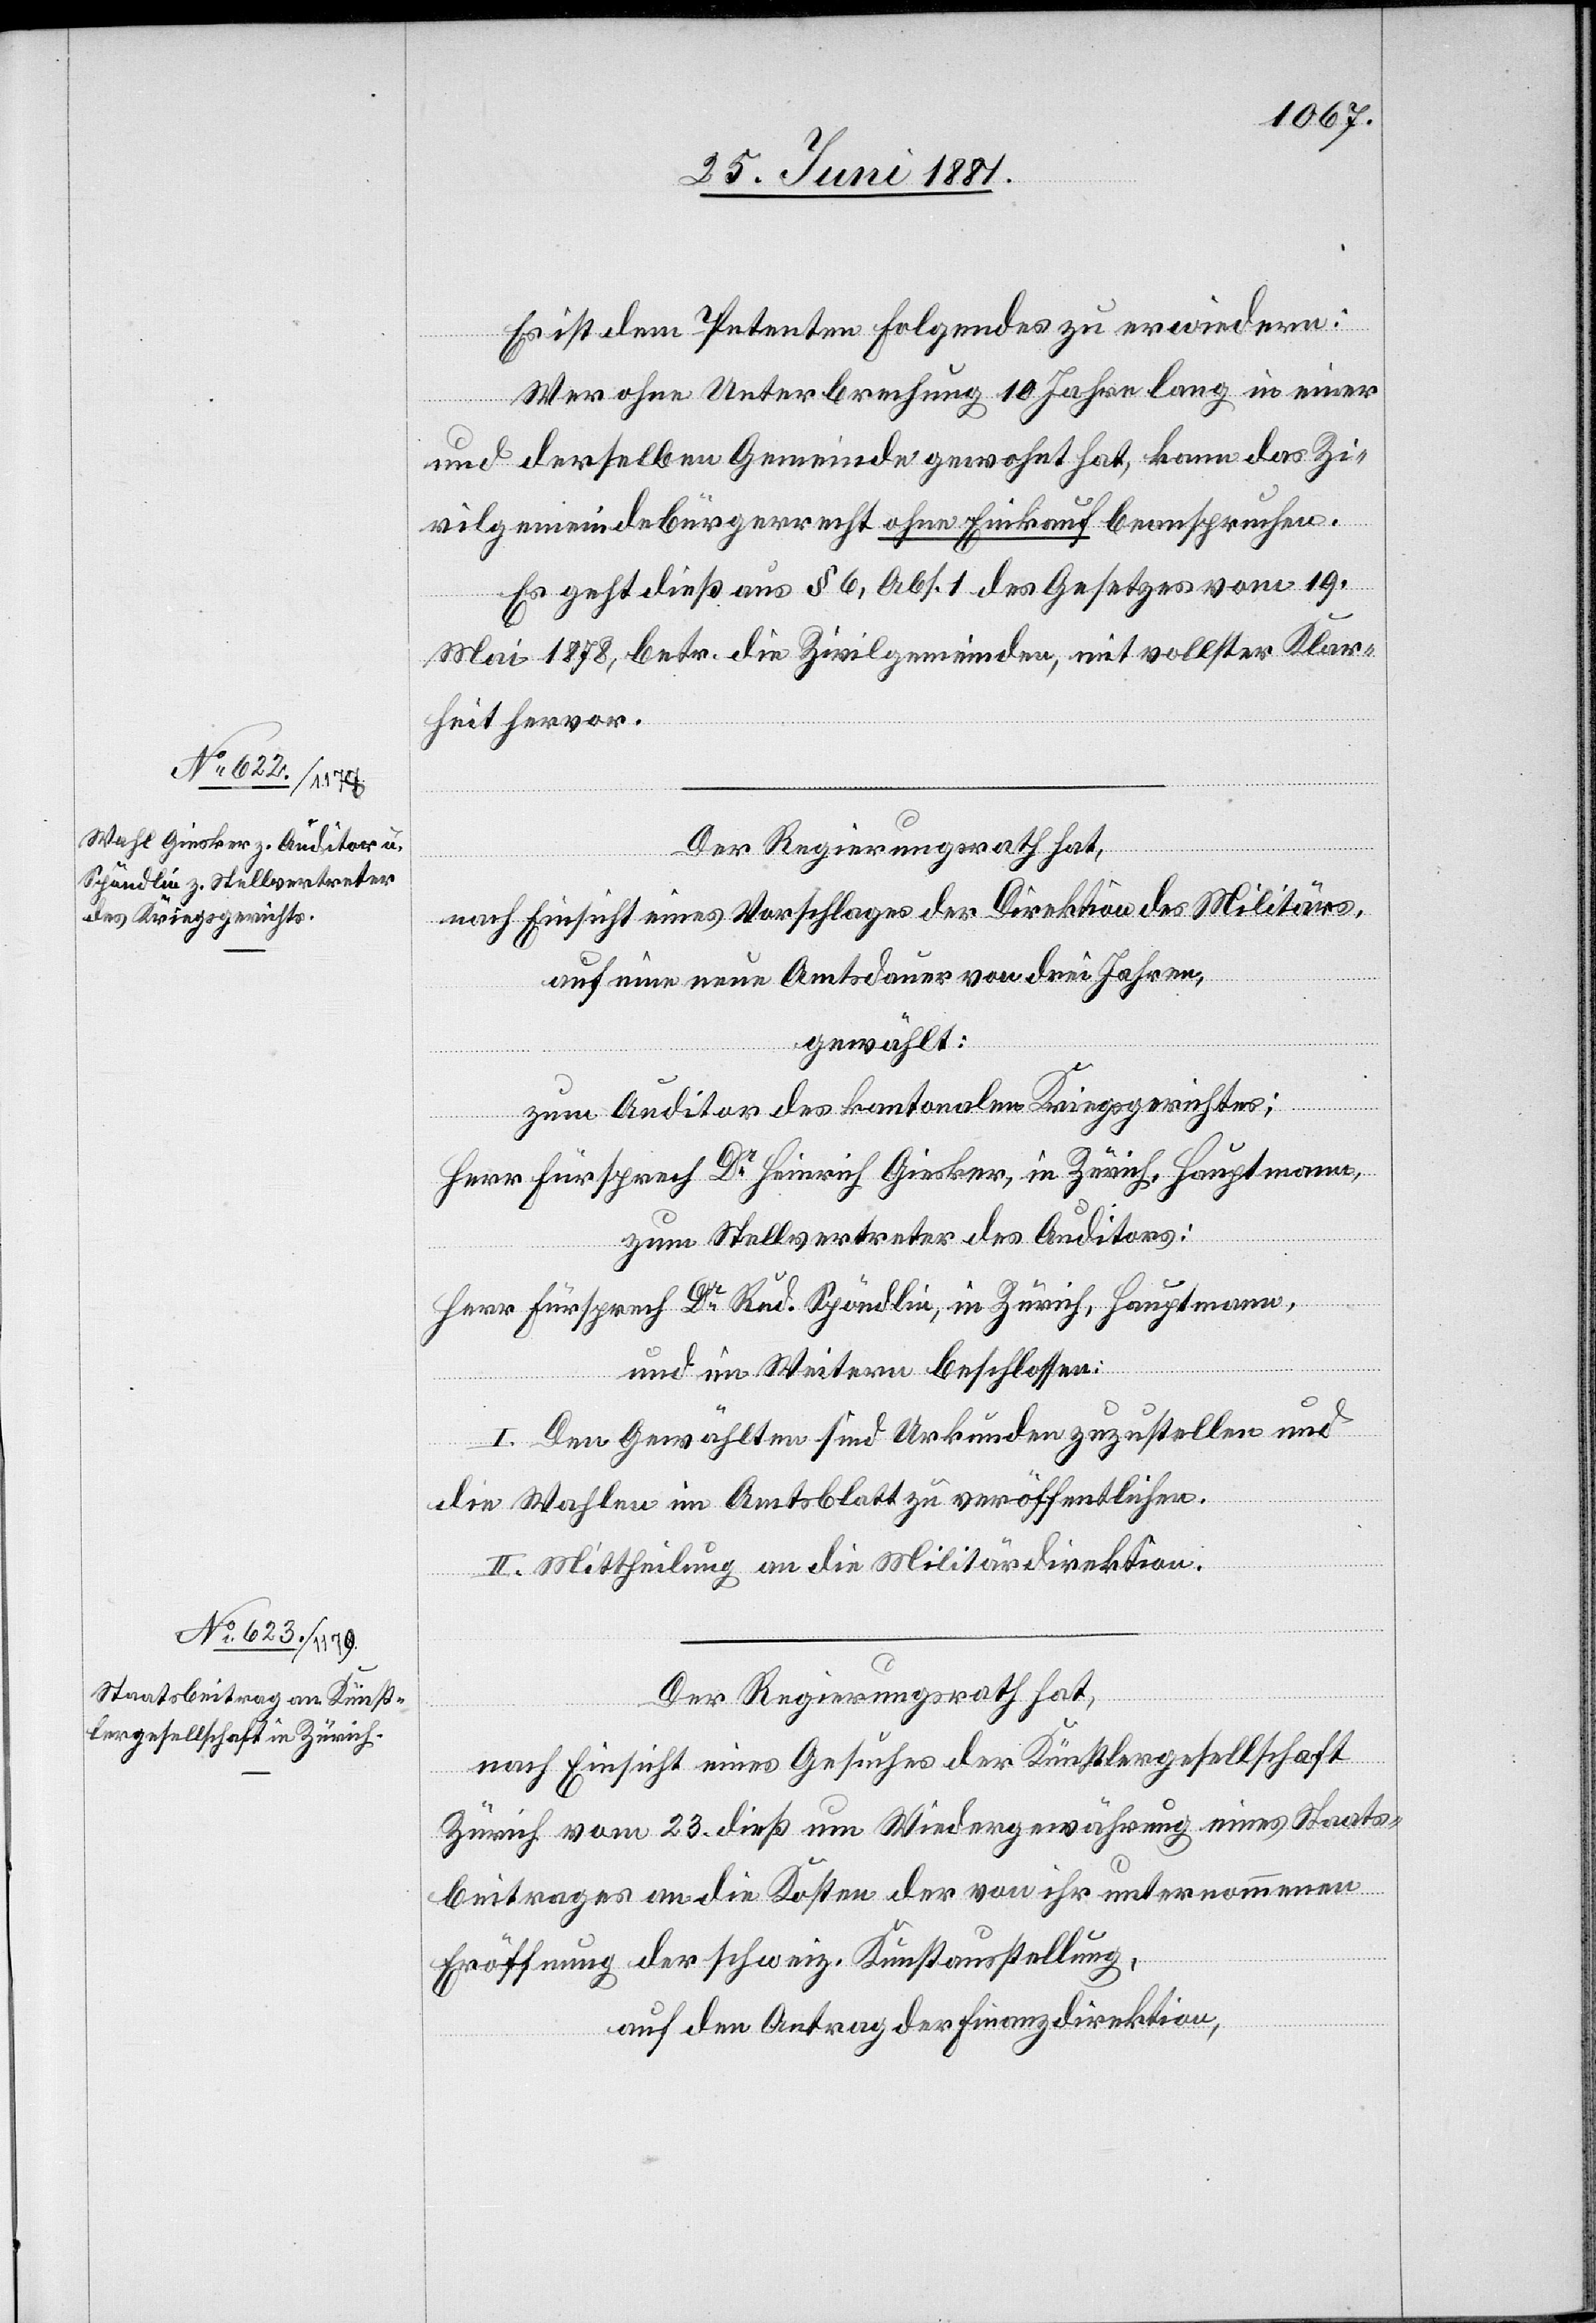
Es ist dem Petenten folgendes zu erwiedern:
Wer ohne Unterbrechung 10 Jahre lang in einer
und derselben Gemeinde gewohnt hat, kann das Zi¬
vilgemeindebürgerrecht ohne Einkauf beanspruchen.
Es geht dieß aus § 6, Abs. 1 des Gesetzes vom 19.
Mai 1878, betr. die Zivilgemeinden, mit vollster Klar¬
heit hervor.
Der Regierungsrath hat,
nach Einsicht eines Vorschlages der Direktion des Militärs,
auf eine neue Amtsdauer von drei Jahren,
gewählt:
zum Auditor des kantonalen Kriegsgerichtes:
Herr Fürsprech Dr Heinrich Giesker, in Zürich, Hauptmann,
zum Stellvertreter des Auditors:
Herr Fürsprech Dr Rud. Spöndlin, in Zürich, Hauptmann,
und im Weitern beschlossen:
I. Den Gewählten sind Urkunden zuzustellen und
die Wahlen im Amtsblatt zu veröffentlichen.
II. Mittheilung an die Militärdirektion.
Der Regierungsrath hat,
nach Einsicht eines Gesuches der Künstlergesellschaft
Zürich vom 23. dieß um Wiedergewährung eines Staats¬
beitrages an die Kosten der von ihr unternommenen
Eröffnung der schweiz. Kunstaustellung,
auf Antrag der Finanzdirektion,